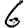
Digit: 6